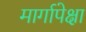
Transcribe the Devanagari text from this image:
मार्गापेक्षा